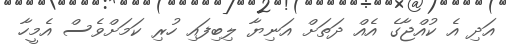
އަދި އެ ކުއްޖާގެ އެއް ދަތަށް އަނިޔާ ލިބިފައި ހުރި ކަމަށްވެސް އެެމީހާ